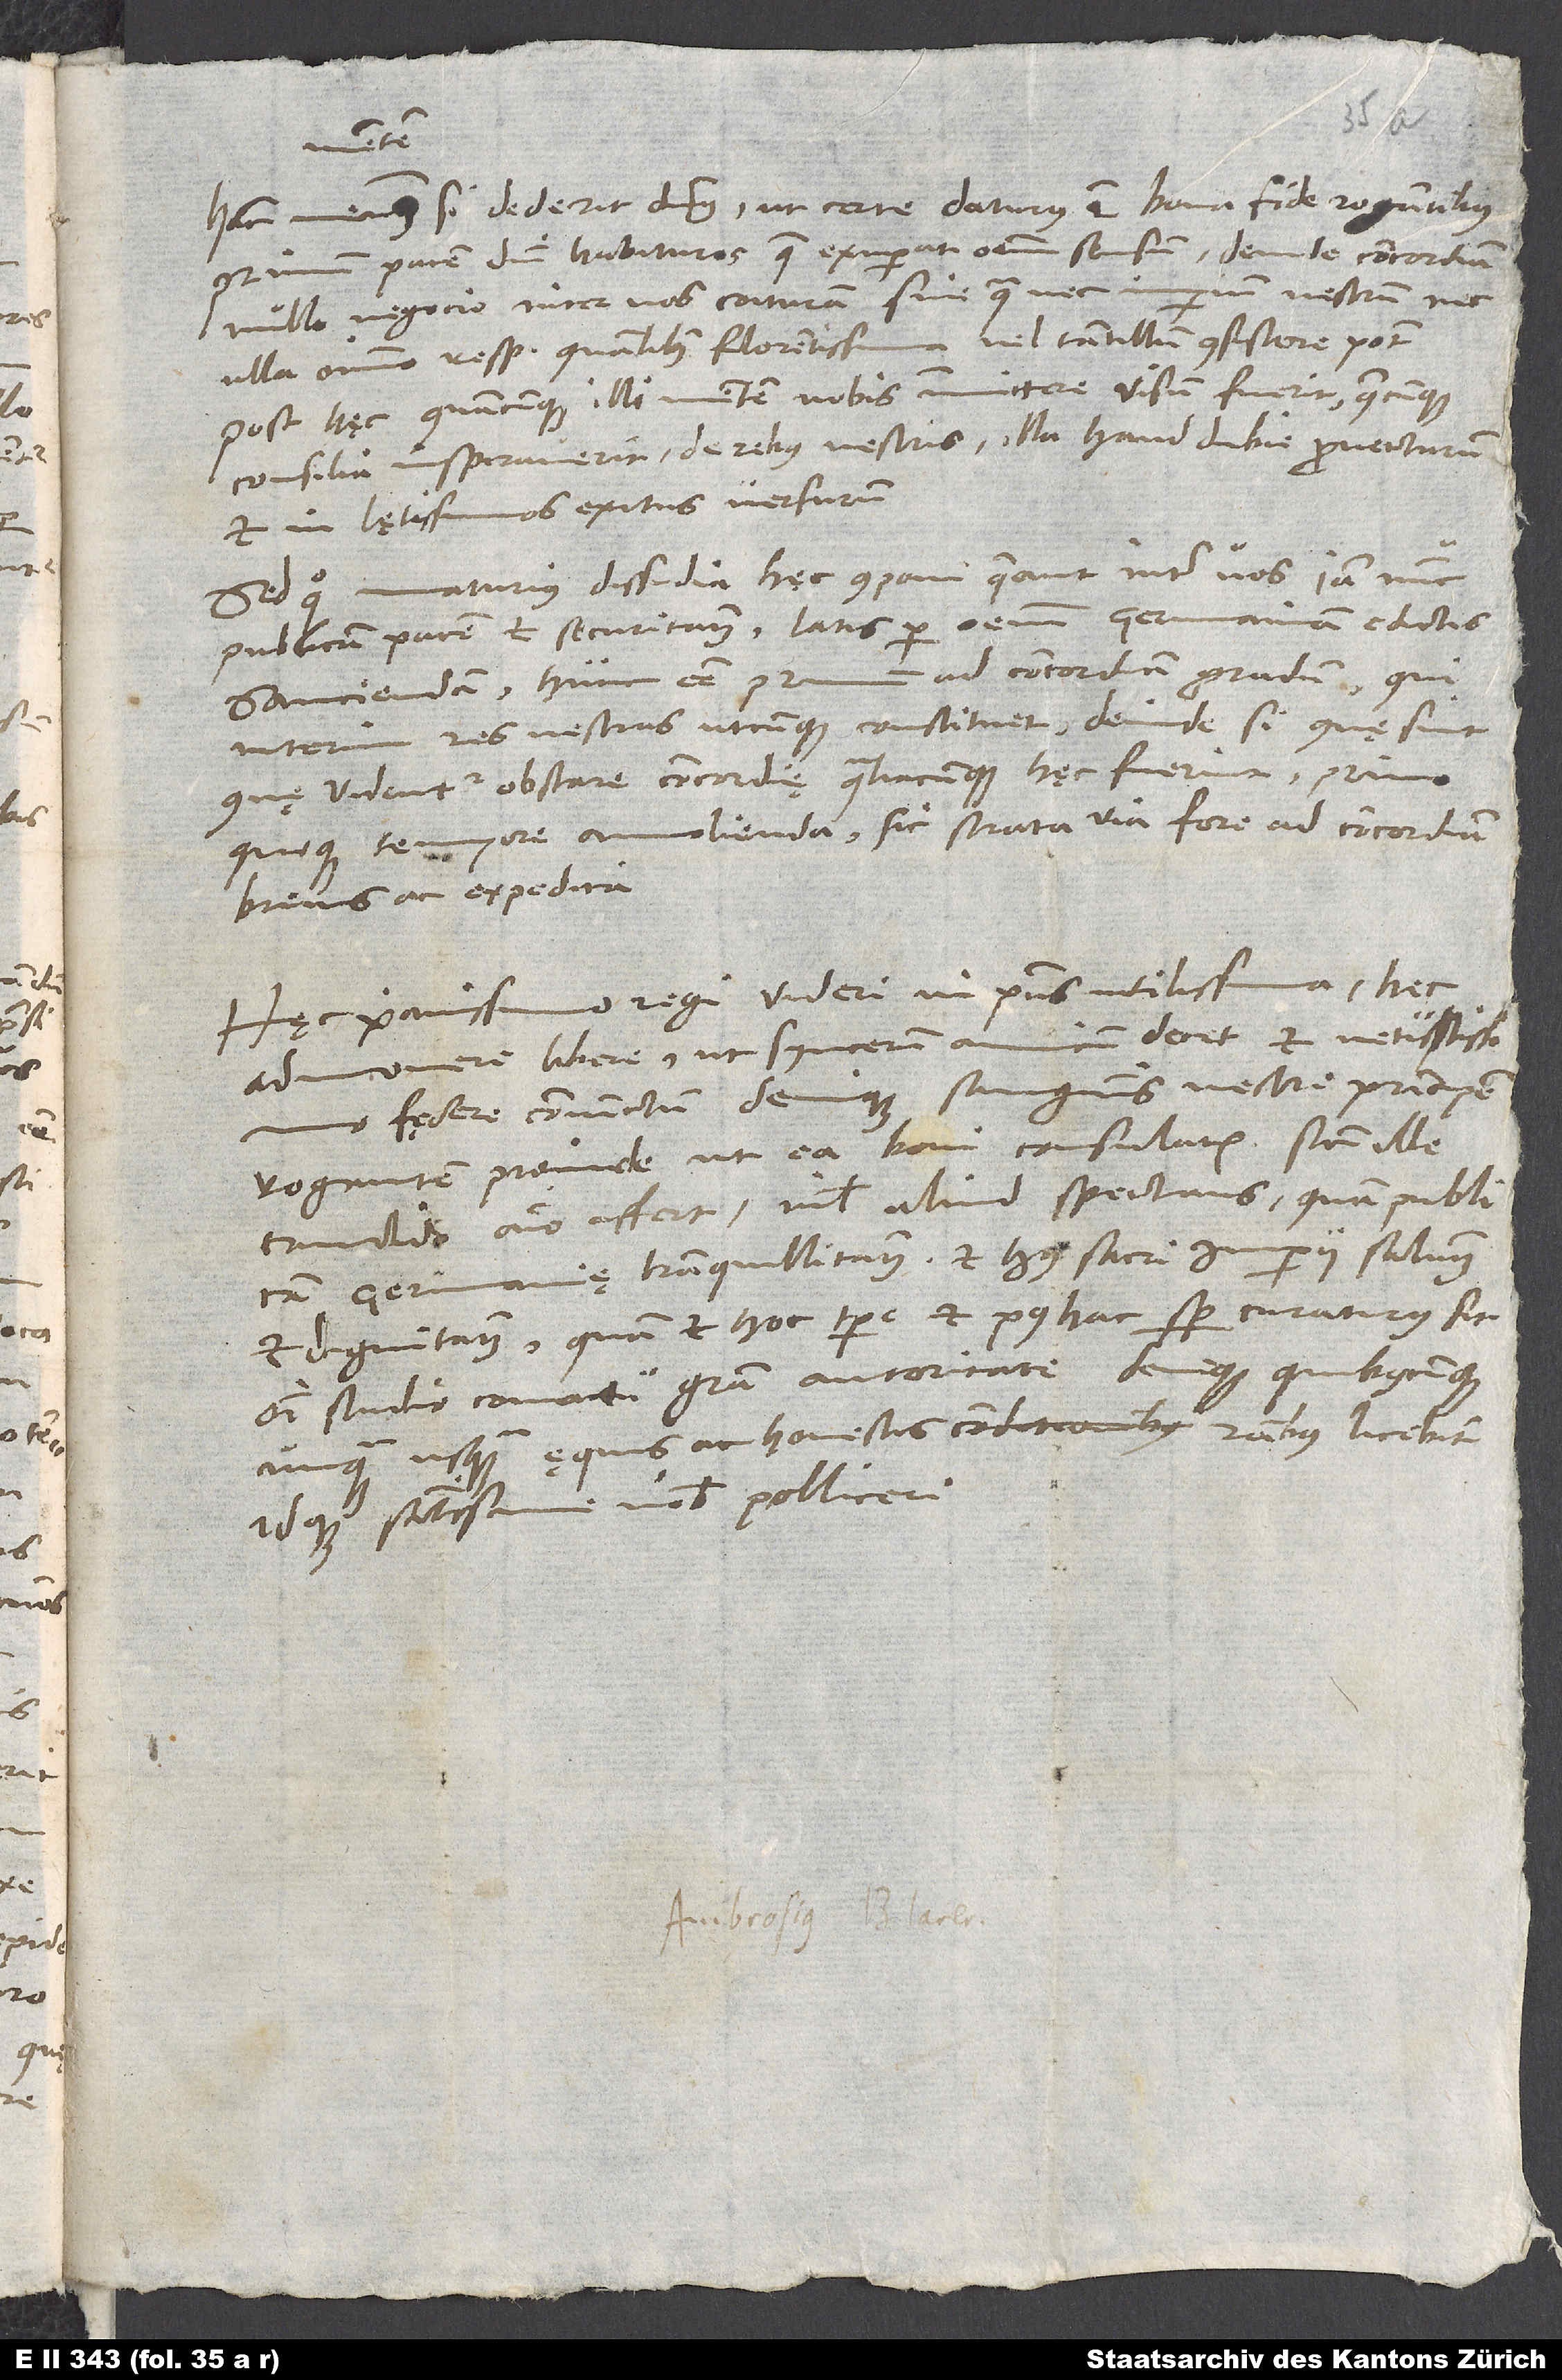
mentem